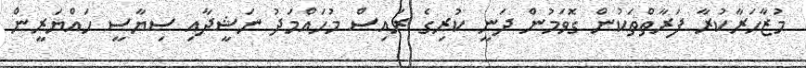
މުޒާހަރާކުރާ ފަރާތްތަކުން ގޮވަމުން ދަނީ ކުރިގެ ރައިސް މުހައްމަދު ނަޝީދާއި ސިޔާސީ ހައްޔަރީން